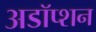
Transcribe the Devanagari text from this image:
अडॉप्शन